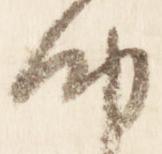
納